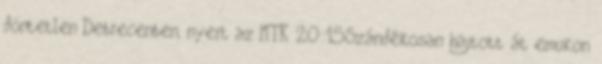
döntetlen Debrecenben, nyert az MTK 20:15Szándékosan hajtott át emukon